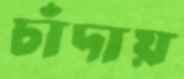
চাঁদায়